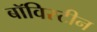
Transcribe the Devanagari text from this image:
बॉविस्टीन